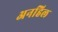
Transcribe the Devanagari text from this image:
अनहिल